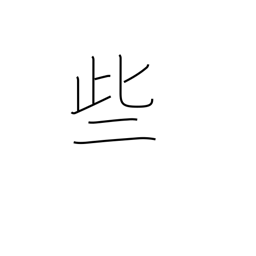
Meaning: sometimes